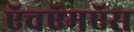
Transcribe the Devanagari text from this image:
ऍचऍमऍस